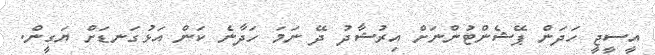
އީސީޖީ ހަދަން ޕޭޝެންޓުންނަށް އިރުޝާދު ދޭ ނަމަ ހަދާނެ ކަން އަޅުގަނޑަށް ޔަގީން.